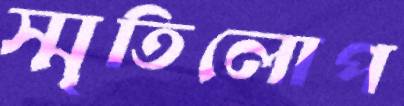
স্মৃতিলোপ